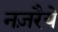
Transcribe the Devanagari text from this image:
नज़रैये